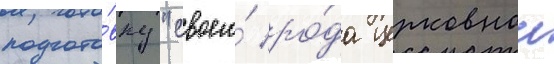
подгото́вку "своего́ ро́да церковнои